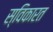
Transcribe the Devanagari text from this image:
स्विकारत